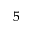
^ { 5 }